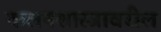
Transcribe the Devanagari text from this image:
कलनशास्त्रावरील